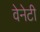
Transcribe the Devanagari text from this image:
वेनेटी